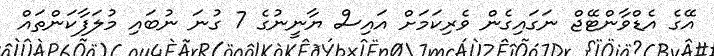
އޭގެ އެޑްވާންޓޭޖް ނަގައިގެން ވެރިކަމަށް އައިސް ޔާނީނުގެ 7 ގުނަ ނުބައި މުލަފާކަންތައް